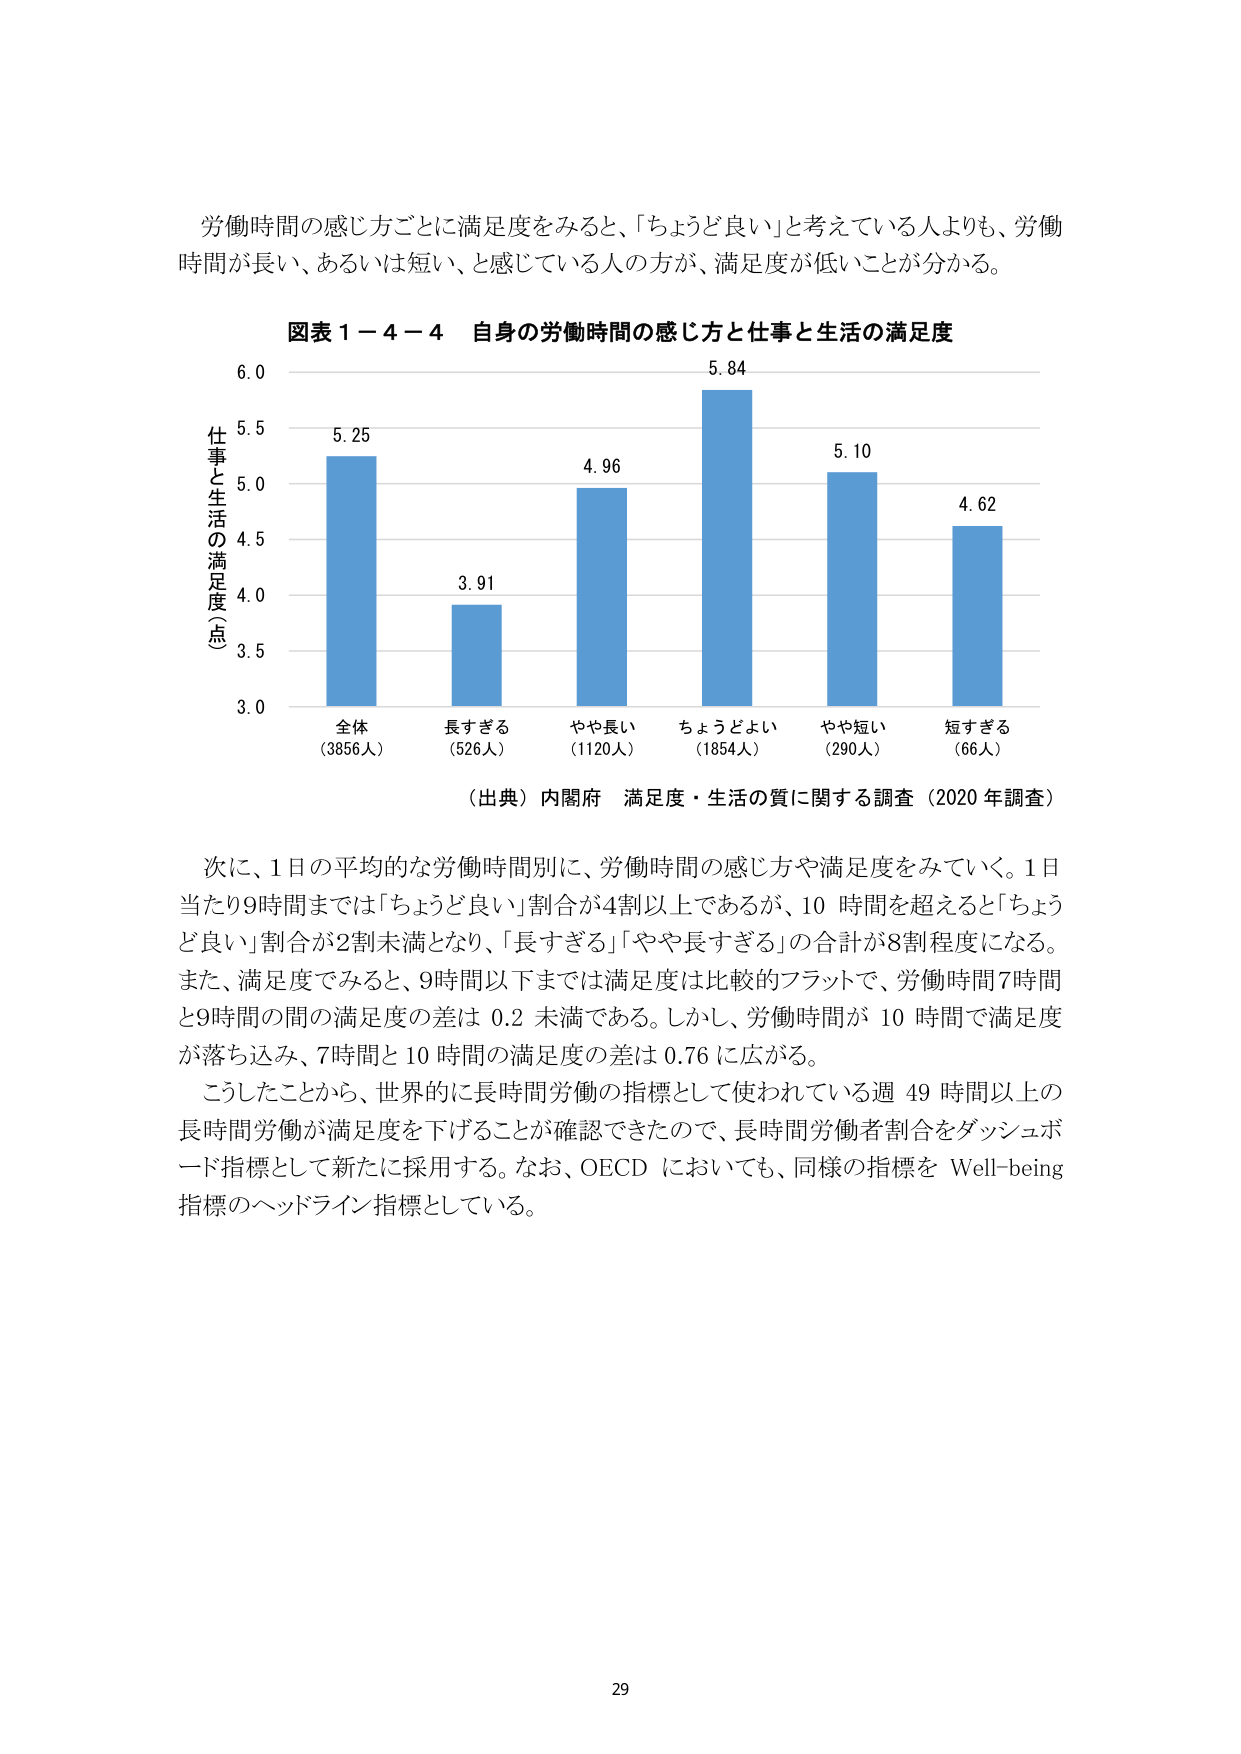
労働時間の感じ方ごとに満足度をみると、「ちょうど良い」と考えている人よりも、労働時間が長い、あるいは短い、と感じている人の方が、満足度が低いことが分かる。

図表１－４－４ 自身の労働時間の感じ方と仕事と生活の満足度

仕事と生活の満足度（点）
6.0
5.5
5.0
4.5
4.0
3.5
3.0

全体（3856人） 5.25
長すぎる（526人） 3.91
やや長い（1120人） 4.96
ちょうどよい（1854人） 5.84
やや短い（290人） 5.10
短すぎる（66人） 4.62

（出典）内閣府 満足度・生活の質に関する調査（2020年調査）

次に、1日の平均的な労働時間別に、労働時間の感じ方や満足度をみていく。1日当たり9時間までは「ちょうど良い」割合が4割以上であるが、10時間を超えると「ちょうど良い」割合が2割未満となり、「長すぎる」「やや長すぎる」の合計が8割程度になる。また、満足度でみると、9時間以下までは満足度は比較的フラットで、労働時間7時間と9時間の間の満足度の差は0.2未満である。しかし、労働時間が10時間で満足度が落ち込み、7時間と10時間の満足度の差は0.76に広がる。

こうしたことから、世界的に長時間労働の指標として使われている週49時間以上の長時間労働が満足度を下げることが確認できたので、長時間労働者割合をダッシュボード指標として新たに採用する。なお、OECDにおいても、同様の指標をWell-being指標のヘッドライン指標としている。

29